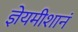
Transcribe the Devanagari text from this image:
ज्ञेयमीशानं